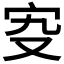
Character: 𡧌